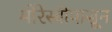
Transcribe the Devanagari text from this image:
मोरेस्बीपासून